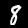
Label: 8